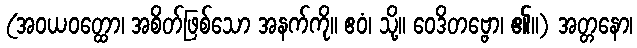
(အဝယဝတ္ထော၊ အစိတ်ဖြစ်သော အနက်ကို။ ဧဝံ၊ သို့။ ဝေဒိတဗ္ဗော၊ ၏။) အတ္တနော၊